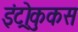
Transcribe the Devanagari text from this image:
इंट्रोकुकस